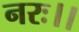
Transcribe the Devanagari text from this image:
नरः।।